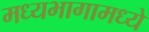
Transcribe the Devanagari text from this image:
मध्यभागामध्ये